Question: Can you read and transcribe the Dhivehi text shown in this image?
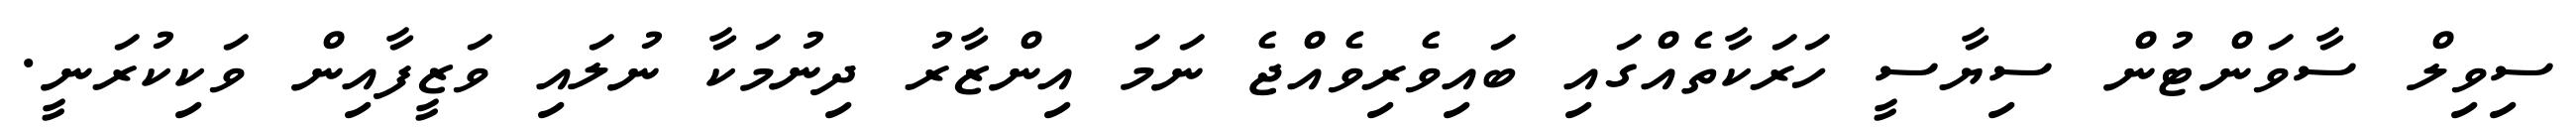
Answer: ސިވިލް ސާވަންޓުން ސިޔާސީ ހަރަކާތެއްގައި ބައިވެރިވެއްޖެ ނަމަ އިންޒާރު ދިނުމަކާ ނުލައި ވަޒީފާއިން ވަކިކުރަނީ.